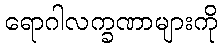
ရောဂါလက္ခဏာများကို